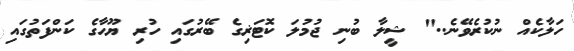
ހަލާކެއް ނުކުރެވޭނެ.." ޝީލާ ބުނި ޖުމުލަ ކޮޓަޜިގެ ބޭރުގައި ހުރި ޔޫހާގެ ކަންފަތުގައި